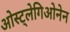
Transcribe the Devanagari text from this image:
ओस्ट्लेगिओनेन